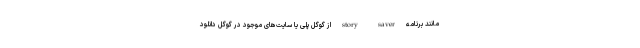
مانند برنامه story saver از گوگل پلی یا سایت‌های موجود در گوگل دانلود